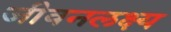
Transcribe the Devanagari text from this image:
जीवनलक्ष्य